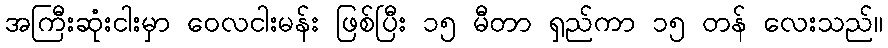
အကြီးဆုံးငါးမှာ ဝေလငါးမန်း ဖြစ်ပြီး ၁၅ မီတာ ရှည်ကာ ၁၅ တန် လေးသည်။